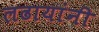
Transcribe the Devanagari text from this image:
लढायांनी